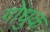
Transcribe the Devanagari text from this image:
गोधुक